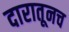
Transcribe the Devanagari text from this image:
दारातूनच